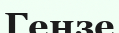
Гензе